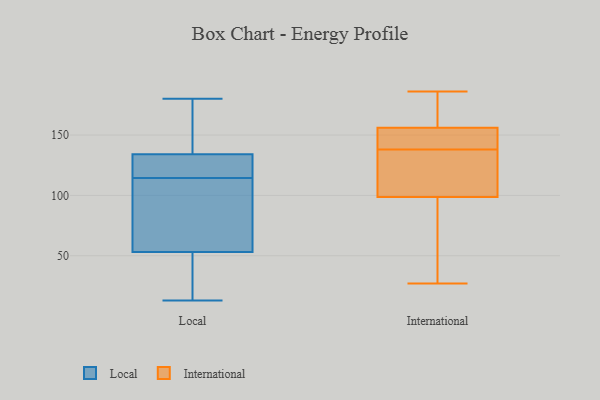
{"axis": {"x": "Population (Million)", "y": "Value"}, "legend": ["International", "Local"], "data": [{"x": "", "y": 134, "type": "Local"}, {"x": "", "y": 157, "type": "Local"}, {"x": "", "y": 50, "type": "Local"}, {"x": "", "y": 112, "type": "Local"}, {"x": "", "y": 180, "type": "Local"}, {"x": "", "y": 132, "type": "Local"}, {"x": "", "y": 134, "type": "Local"}, {"x": "", "y": 117, "type": "Local"}, {"x": "", "y": 111, "type": "Local"}, {"x": "", "y": 42, "type": "Local"}, {"x": "", "y": 56, "type": "Local"}, {"x": "", "y": 13, "type": "Local"}, {"x": "", "y": 142, "type": "International"}, {"x": "", "y": 175, "type": "International"}, {"x": "", "y": 88, "type": "International"}, {"x": "", "y": 156, "type": "International"}, {"x": "", "y": 152, "type": "International"}, {"x": "", "y": 120, "type": "International"}, {"x": "", "y": 45, "type": "International"}, {"x": "", "y": 27, "type": "International"}, {"x": "", "y": 70, "type": "International"}, {"x": "", "y": 104, "type": "International"}, {"x": "", "y": 97, "type": "International"}, {"x": "", "y": 156, "type": "International"}, {"x": "", "y": 117, "type": "International"}, {"x": "", "y": 186, "type": "International"}, {"x": "", "y": 138, "type": "International"}, {"x": "", "y": 158, "type": "International"}, {"x": "", "y": 146, "type": "International"}, {"x": "", "y": 124, "type": "International"}, {"x": "", "y": 164, "type": "International"}]}